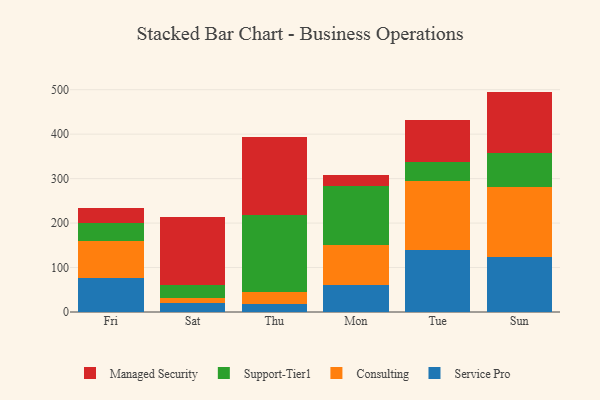
{"axis": {"x": "Day", "y": "Gross Profit (USD K)"}, "legend": ["Consulting", "Managed Security", "Service Pro", "Support-Tier1"], "data": [{"x": "Fri", "y": 77.3, "type": "Service Pro"}, {"x": "Fri", "y": 82.2, "type": "Consulting"}, {"x": "Fri", "y": 40.8, "type": "Support-Tier1"}, {"x": "Fri", "y": 33.1, "type": "Managed Security"}, {"x": "Sat", "y": 20.5, "type": "Service Pro"}, {"x": "Sat", "y": 10.4, "type": "Consulting"}, {"x": "Sat", "y": 30.1, "type": "Support-Tier1"}, {"x": "Sat", "y": 152.5, "type": "Managed Security"}, {"x": "Thu", "y": 17.9, "type": "Service Pro"}, {"x": "Thu", "y": 27.2, "type": "Consulting"}, {"x": "Thu", "y": 173.7, "type": "Support-Tier1"}, {"x": "Thu", "y": 174.0, "type": "Managed Security"}, {"x": "Mon", "y": 60.1, "type": "Service Pro"}, {"x": "Mon", "y": 90.6, "type": "Consulting"}, {"x": "Mon", "y": 131.7, "type": "Support-Tier1"}, {"x": "Mon", "y": 26.6, "type": "Managed Security"}, {"x": "Tue", "y": 138.7, "type": "Service Pro"}, {"x": "Tue", "y": 155.9, "type": "Consulting"}, {"x": "Tue", "y": 43.1, "type": "Support-Tier1"}, {"x": "Tue", "y": 93.8, "type": "Managed Security"}, {"x": "Sun", "y": 123.5, "type": "Service Pro"}, {"x": "Sun", "y": 157.2, "type": "Consulting"}, {"x": "Sun", "y": 77.4, "type": "Support-Tier1"}, {"x": "Sun", "y": 137.6, "type": "Managed Security"}]}